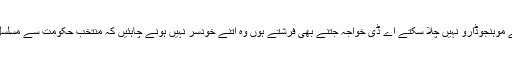
مذہبی پروہت اکیلے موہنجوڈارو نہیں چلا سکتے اے ڈی خواجہ جتنے بھی فرشتے ہوں وہ اتنے خودسر نہیں ہونے چاہئیں کہ منتخب حکومت سے مسلسل پھڈا ڈالے رکھیں۔